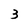
Character: 3